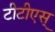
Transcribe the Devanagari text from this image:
टीटीएस्